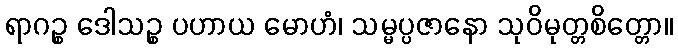
ရာဂဉ္စ ဒေါသဉ္စ ပဟာယ မောဟံ၊ သမ္မပ္ပဇာနော သုဝိမုတ္တစိတ္တော။